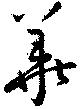
華